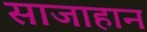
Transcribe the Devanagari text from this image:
साजाहान